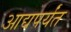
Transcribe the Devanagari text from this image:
आद्यपर्यंत